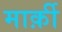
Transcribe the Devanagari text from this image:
मार्क़ी